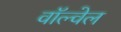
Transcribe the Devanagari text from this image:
वॉल्वेल